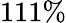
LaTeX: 111\%